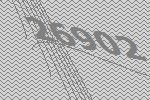
26902